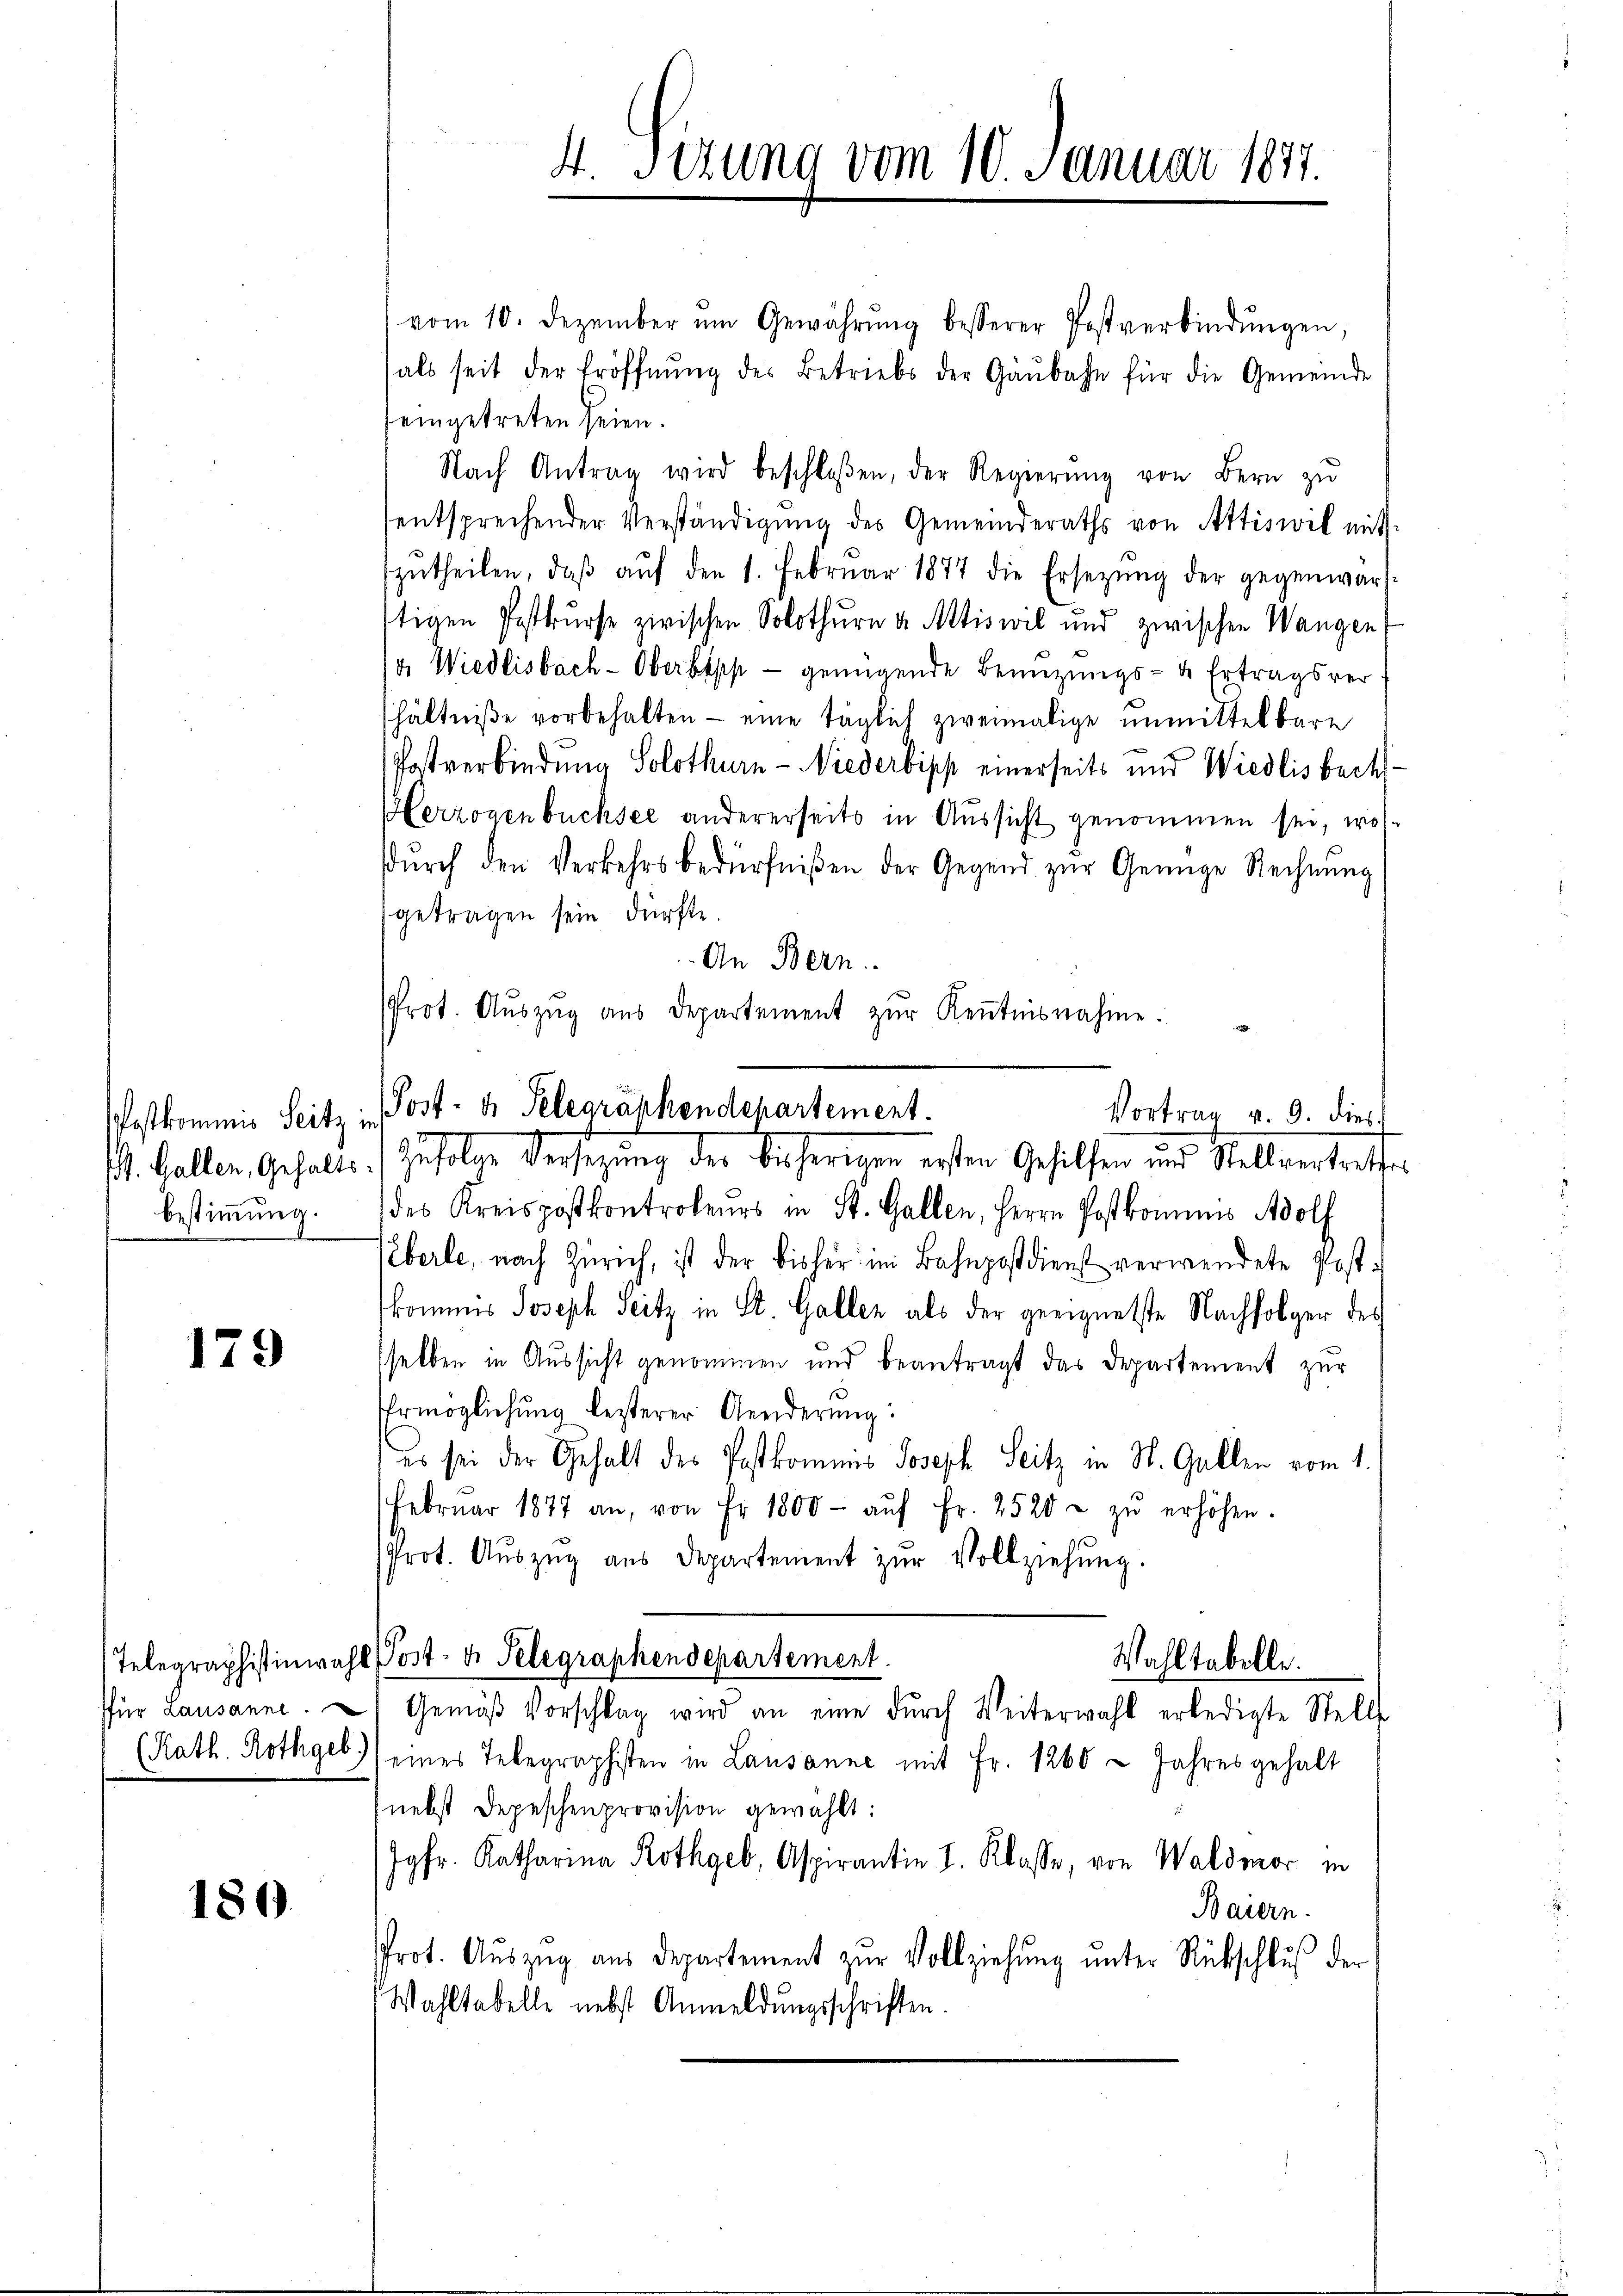
Bestimmung.

179

180

vom 10. Dezember ŭm Gewährŭng besserer Postverbindŭngen,
hals seit der Eröffnŭng des Betriebs der Gaŭbahn für die Gemeinde
eingetreten seien.
Nach Antrag wird beschloßen, der Regierŭng von Bern zŭ
entsprechender Verständigung des Gemeinderaths von Attiswil mitzŭtheilen, daβ aŭf den 1. Febrŭar 1877 die Ersetzŭng der gegenwär-
stigen Postkurse zwischen Solothurn v. Mtiswil und zwischen Wangen
v. Wiedlisbach-Oberbepp - genügende Benuzungs- u Ertragsverhältniße vorbehalten - eine täglich zweimalige unmittelbare
Postverbindung Solothurn - Niederbipp einerseits und Wiedlisbach¬
Herzogenbüchsee andererseits in Aussicht genommen sei, wosdŭrch den Verkehrsbedürfnißen der Gegend zŭr Genüge Rechnŭng
getragen sein dürfte.
An Bern.
Prot. Aŭszŭg aŭs departement zŭr Keṅtnisnahme:
des Kreispostkontroleurs in St. Gallen, Herrn Postkommnis Adolf
Eberle, nach Zürich, ist der bisher in Bahnpostdienst verwendete Post-
kommis Joseph Seitz in St. Galler als der geeignetste Nachfolger des
sselben in Aussicht genommen und beantragt das Departement zur
Ermöglichung besterer Aenderung:
es sei der Gehalt des Postkomis Joseph Seitz in St. Gallen vom 1.
Februar 1877 an, von Fr. 1800- aŭf Fr. 2520 u zŭ erhöhen.
Prot. Aŭszŭg aŭs Departement zŭr Vollziehung.
Telegraphistinwahl Post- u. Telegraphendepartement
Wahltabelle.
für Lausanne. Gemäβ Vorschlag wird an eine dŭrch Weiterwahl erledigte Stelle
(Kath. Rothgeb eines Telegraphisten in Lausanne mit Fr. 1260 - Jahres gehalt
nebst Depeschenprovision gewählt:
Jgfr. Katharina Rothgeb, Aspirantie I. Klasse, von Waldmor in
Baiern.
Prot. Aŭszŭg ans Departement zŭr Vollziehŭng ŭnter Rückschluß der
Wahltabelle nebst Anmeldungsschriften.

4. Sizung vom 10. Januar 1877.

Postkommis Seitz   Post- u. Telegraphendepartement.
Vortrag v. 9. dies
. Gallen, Gehalte. Zufolge Versezung der bisherigen ersten Gehilfen und Stellvertrettes